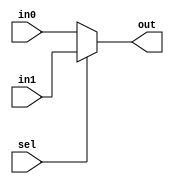
module mux32 #(parameter N=32) ( output [N-1:0] out, input [N-1:0] in0, in1, input sel);

assign out[N-1:0]=sel?in1[N-1:0]:in0[N-1:0];

endmodule